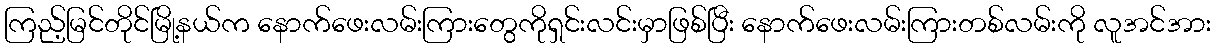
ကြည့်မြင်တိုင်မြို့နယ်က နောက်ဖေးလမ်းကြားတွေကိုရှင်းလင်းမှာဖြစ်ပြီး နောက်ဖေးလမ်းကြားတစ်လမ်းကို လူအင်အား